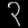
Digit: ၃